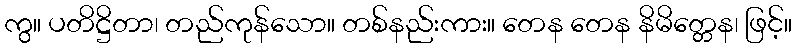
ကွ။ ပတိဋ္ဌိတာ၊ တည်ကုန်သော။ တစ်နည်းကား။ တေန တေန နိမိတ္တေန၊ ဖြင့်။